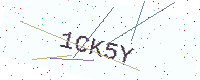
Text: 1CK5Y